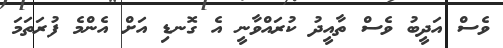
ވެސް އަދީބު ވެސް ތާއީދު ކުރައްވާނީ އެ ގޮނޑި އަށް އެންމެ ފުރަތަމަ